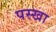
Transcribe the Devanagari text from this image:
पस्खा